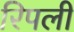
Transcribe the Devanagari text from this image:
रिपली